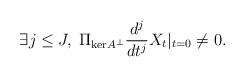
LaTeX: \begin{align*}\exists j \leq J, \; \Pi_{\mathrm{ker} A^{\perp}} \frac{d^j}{dt^j} X_t |_{t = 0} \neq 0. \end{align*}